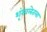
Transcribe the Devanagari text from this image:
शृंखलेतला